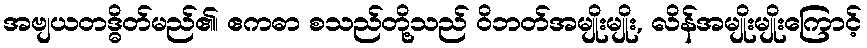
အဗျယတဒ္ဓိတ်မည်၏၊ ဧကဓာ စသည်တို့သည် ဝိဘတ်အမျိုးမျိုး, လိန်အမျိုးမျိုးကြောင့်